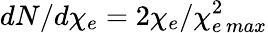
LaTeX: dN/d\chi_{e}=2\chi_{e}/\chi_{e\, max}^{2}